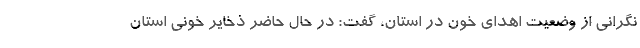
نگرانی از وضعیت اهدای خون در استان، گفت: در حال حاضر ذخایر خونی استان